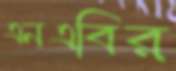
এনএবির